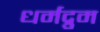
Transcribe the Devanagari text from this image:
धर्मद्रुम